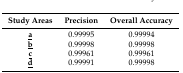
<table><thead><tr><td><b>Study Areas</b></td><td><b>Precision</b></td><td><b>Overall Accuracy</b></td></tr></thead><tbody><tr><td><underline><b>a</b></underline></td><td>0.99995</td><td>0.99994</td></tr><tr><td><underline><b>b</b></underline></td><td>0.99998</td><td>0.99998</td></tr><tr><td><underline><b>c</b></underline></td><td>0.99961</td><td>0.99961</td></tr><tr><td><underline><b>d</b></underline></td><td>0.99991</td><td>0.99998</td></tr></tbody></table>